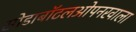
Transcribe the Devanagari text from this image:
सोडाबॉटलओपनरवाला